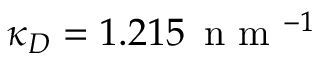
\kappa _ { D } = 1 . 2 1 5 \, \textrm { n m } ^ { - 1 }